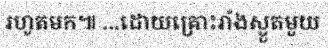
រហូតមក៕ ...ដោយគ្រោះរាំងស្ងួតមួយ